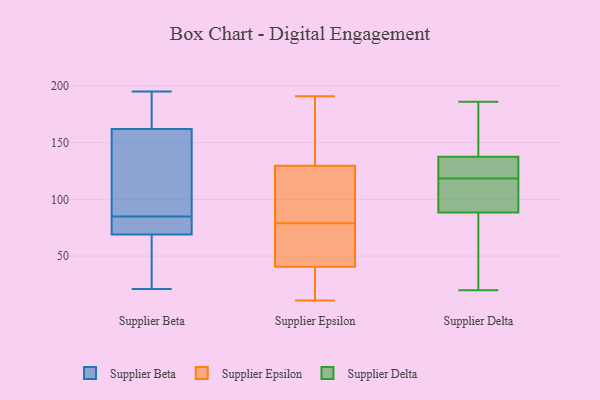
{"axis": {"x": "Backlog", "y": "Value"}, "legend": ["Supplier Beta", "Supplier Delta", "Supplier Epsilon"], "data": [{"x": "", "y": 95, "type": "Supplier Beta"}, {"x": "", "y": 75, "type": "Supplier Beta"}, {"x": "", "y": 73, "type": "Supplier Beta"}, {"x": "", "y": 27, "type": "Supplier Beta"}, {"x": "", "y": 21, "type": "Supplier Beta"}, {"x": "", "y": 195, "type": "Supplier Beta"}, {"x": "", "y": 173, "type": "Supplier Beta"}, {"x": "", "y": 140, "type": "Supplier Beta"}, {"x": "", "y": 162, "type": "Supplier Beta"}, {"x": "", "y": 69, "type": "Supplier Beta"}, {"x": "", "y": 102, "type": "Supplier Epsilon"}, {"x": "", "y": 182, "type": "Supplier Epsilon"}, {"x": "", "y": 191, "type": "Supplier Epsilon"}, {"x": "", "y": 138, "type": "Supplier Epsilon"}, {"x": "", "y": 144, "type": "Supplier Epsilon"}, {"x": "", "y": 59, "type": "Supplier Epsilon"}, {"x": "", "y": 134, "type": "Supplier Epsilon"}, {"x": "", "y": 11, "type": "Supplier Epsilon"}, {"x": "", "y": 117, "type": "Supplier Epsilon"}, {"x": "", "y": 58, "type": "Supplier Epsilon"}, {"x": "", "y": 100, "type": "Supplier Epsilon"}, {"x": "", "y": 27, "type": "Supplier Epsilon"}, {"x": "", "y": 16, "type": "Supplier Epsilon"}, {"x": "", "y": 81, "type": "Supplier Epsilon"}, {"x": "", "y": 76, "type": "Supplier Epsilon"}, {"x": "", "y": 35, "type": "Supplier Epsilon"}, {"x": "", "y": 73, "type": "Supplier Epsilon"}, {"x": "", "y": 79, "type": "Supplier Epsilon"}, {"x": "", "y": 25, "type": "Supplier Epsilon"}, {"x": "", "y": 129, "type": "Supplier Delta"}, {"x": "", "y": 177, "type": "Supplier Delta"}, {"x": "", "y": 89, "type": "Supplier Delta"}, {"x": "", "y": 186, "type": "Supplier Delta"}, {"x": "", "y": 132, "type": "Supplier Delta"}, {"x": "", "y": 114, "type": "Supplier Delta"}, {"x": "", "y": 63, "type": "Supplier Delta"}, {"x": "", "y": 142, "type": "Supplier Delta"}, {"x": "", "y": 90, "type": "Supplier Delta"}, {"x": "", "y": 169, "type": "Supplier Delta"}, {"x": "", "y": 88, "type": "Supplier Delta"}, {"x": "", "y": 133, "type": "Supplier Delta"}, {"x": "", "y": 180, "type": "Supplier Delta"}, {"x": "", "y": 20, "type": "Supplier Delta"}, {"x": "", "y": 126, "type": "Supplier Delta"}, {"x": "", "y": 69, "type": "Supplier Delta"}, {"x": "", "y": 123, "type": "Supplier Delta"}, {"x": "", "y": 108, "type": "Supplier Delta"}, {"x": "", "y": 113, "type": "Supplier Delta"}, {"x": "", "y": 66, "type": "Supplier Delta"}]}